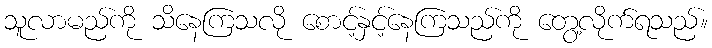
သူလာမည်ကို သိနေကြသလို စောင့်နှင့်နေကြသည်ကို တွေ့လိုက်ရသည်။